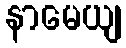
နာမေယျ